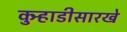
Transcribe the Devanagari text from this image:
कुर्‍हाडीसारखे